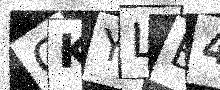
Text: OKYLE4